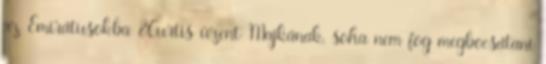
az Emirátusokba 8Curtis üzent Majkának, soha nem fog megbocsátani